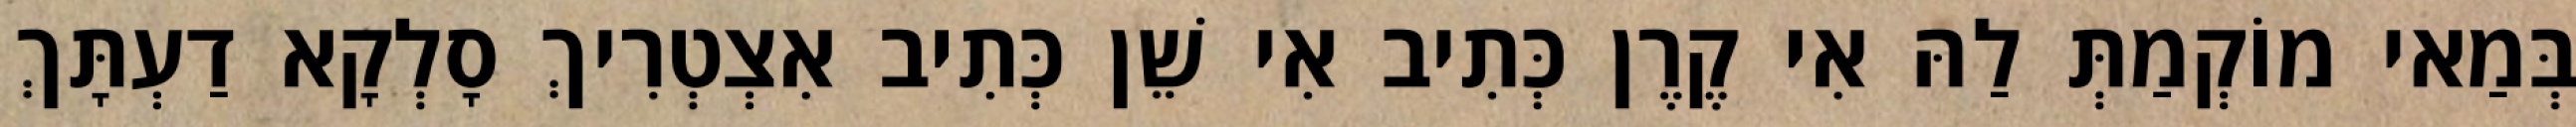
בְּמַאי מוֹקְמַתְּ לַהּ אִי קֶרֶן כְּתִיב אִי שֵׁן כְּתִיב אִצְטְרִיךְ סָלְקָא דַעְתָּךְ